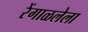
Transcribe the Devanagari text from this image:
रेंगाळलेला